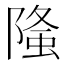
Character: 𨻦